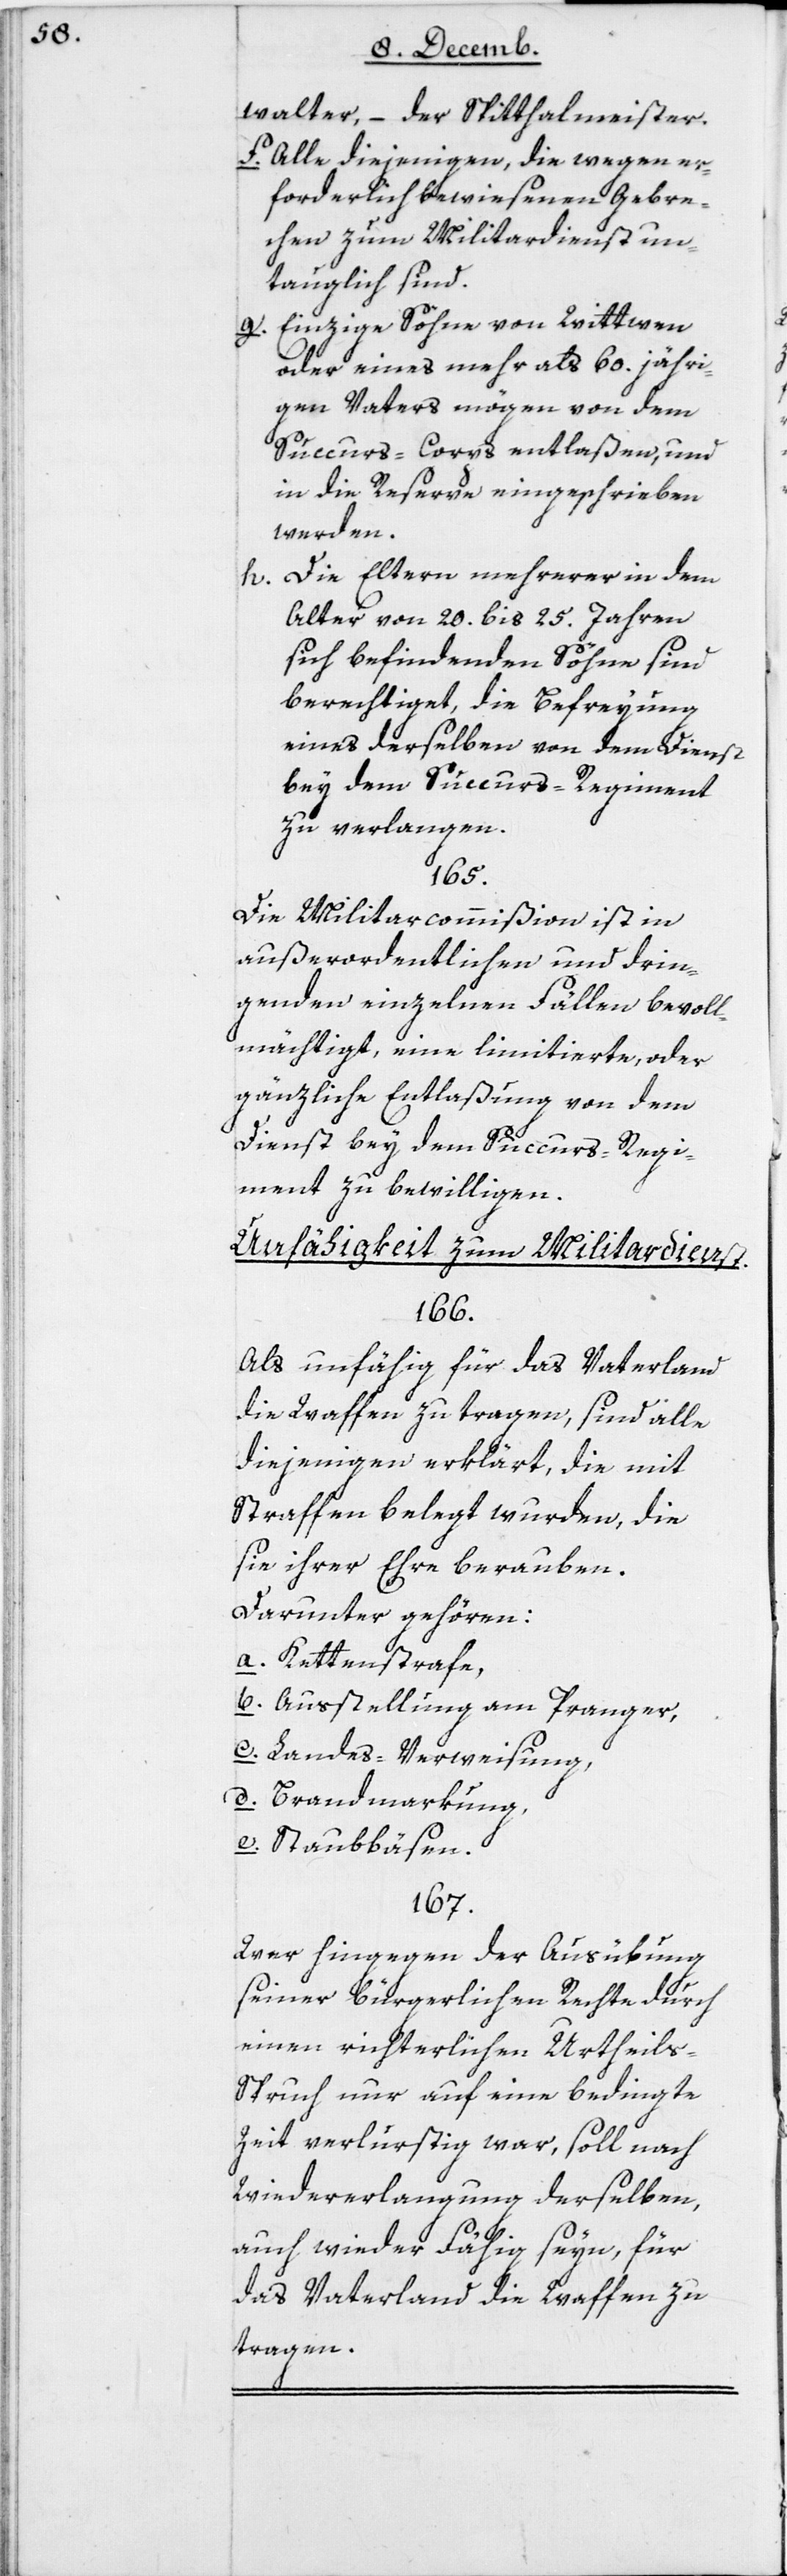
walter, – der Spitalmeister.
f. Alle diejenigen, die wegen er¬
forderlich bewiesenen Gebre¬
chen zum Militardienst un¬
tauglich sind.
g. Einzige Söhne von Witwen
oder eines mehr als 60jähri¬
gen Vaters mögen von dem
Succurs-Corps entlaßen, und
in die Reserve eingeschrieben
werden.
h. Die Eltern mehrerer in dem
Alter von 20 bis 25 Jahren
sich befindenden Söhne sind
berechtiget, die Befreyung
eines derselben von dem Dienst
bey dem Succurs-Regiment
zu erlangen.
165.
Die Militarcommißion ist in
außerordentlichen und drin¬
genden einzelnen Fällen bevoll¬
mächtigt, eine limitierte oder
gänzliche Entlaßung von dem
Dienst bey dem Succurs-Regi¬
ment zu bewilligen.
Unfähigkeit zum Militardienst.
166.
Als unfähig für das Vaterland
die Waffen zu tragen, sind alle
diejenigen erklärt, die mit
Straffen belegt wurden, die
sie ihrer Ehre berauben.
Darunter gehören:
a. Kettenstrafe,
b. Ausstellung am Pranger,
c. Landes-Verweisung,
d. Brandmarkung,
e. Staubbäsen.
167.
Wer hingegen der Ausübung
seiner bürgerlichen Rechte durch
einen richterlichen Urtheils-S¬
pruch nur auf eine bedingte
Zeit verlurstig war, soll nach
Wiedererlangung derselben,
auch wieder fähig seyn, für
das Vaterland die Waffen zu
tragen.